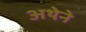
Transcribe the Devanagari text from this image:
अथेने